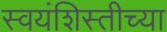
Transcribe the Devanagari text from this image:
स्वयंशिस्तीच्या